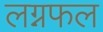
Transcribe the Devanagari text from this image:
लग्नफल